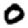
Digit: 0